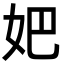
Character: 妑